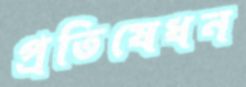
প্রতিষেধন